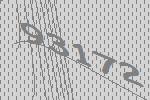
93172